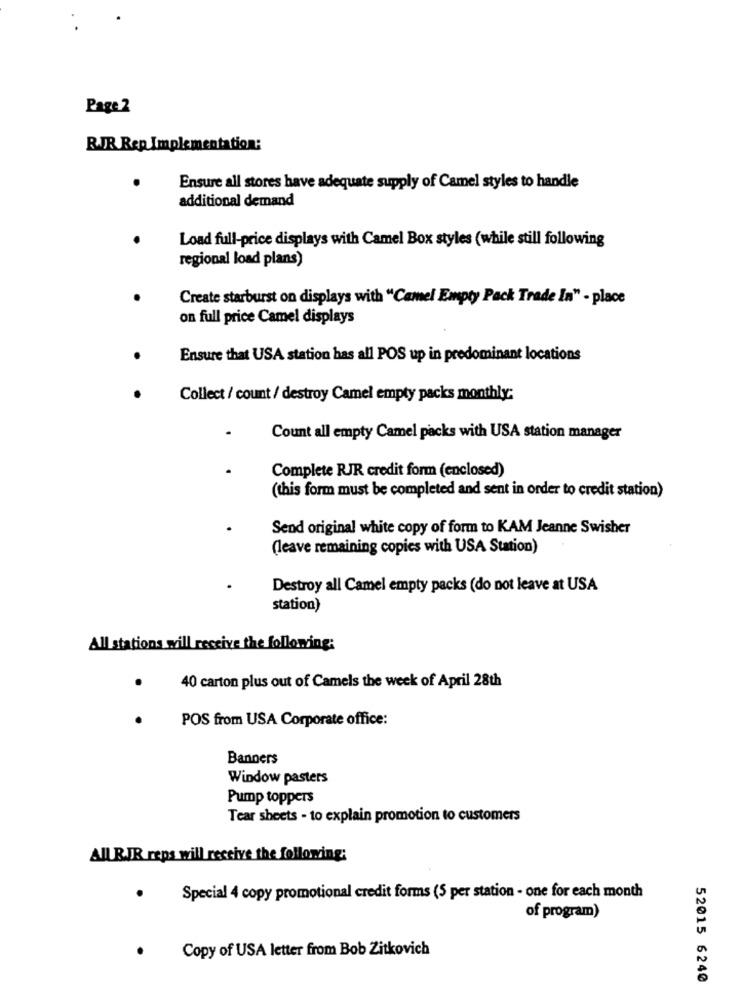
Page 2
RJR Rep Implementation:
Ensure all stores have adequate supply of Camel styles to handle
additional demand
Load full-price displays with Camel Box styles (while still following
regional load plans)
Create starburst on displays with "Camel Empty Pack Trade In" - place
on full price Camel displays
Ensure that USA station has all POS up in predominant locations
Collect / count / destroy Camel empty packs monthly:
Count all empty Camel packs with USA station manager
Complete RJR credit form (enclosed)
(this form must be completed and sent in order to credit station)
Send original white copy of form to KAM Jeanne Swisher
(leave remaining copies with USA Station)
Destroy all Camel empty packs (do not leave at USA
station)
All stations will receive the following:
40 carton plus out of Camels the week of April 28th
POS from USA Corporate office:
Banners
Window pasters
Pump toppers
Tear sheets - to explain promotion to customers
ALL RJR reps will receive the following;
Special 4 copy promotional credit forms (5 per station - one for each month
of program)
Copy of USA letter from Bob Zitkovich
52015 6240